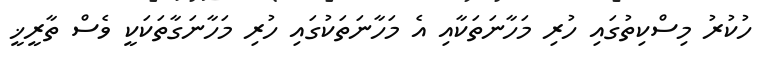
ހުކުރު މިސްކިތުގައި ހުރި މަހާނަތަކާއި އެ މަހާނަތަކުގައި ހުރި މަހާނަގާތަކަކީ ވެސް ތާރީޚީ